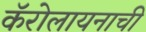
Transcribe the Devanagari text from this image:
कॅरोलायनाची